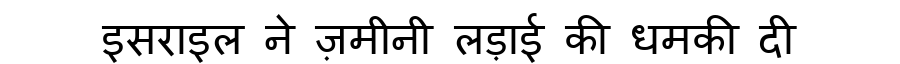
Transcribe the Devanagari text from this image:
इसराइल ने ज़मीनी लड़ाई की धमकी दी